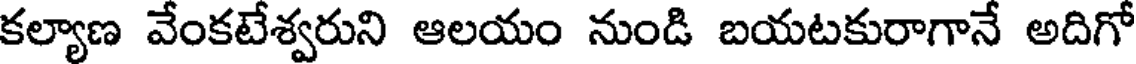
కల్యాణ వేంకటేశ్వరుని ఆలయం నుండి బయటకురాగానే అదిగో